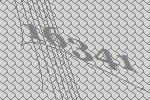
16341